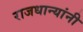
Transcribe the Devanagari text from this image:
राजधान्यांनी